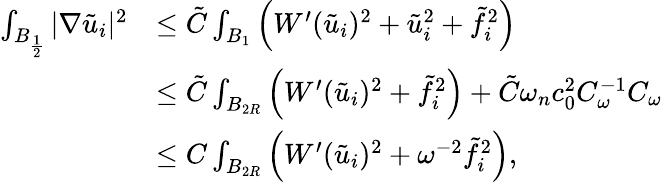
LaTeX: \begin{array}{rl}{\int_{B_{\frac{1}{2}}}|\nabla\tilde{u}_{i}|^{2}}&{\leq\tilde{C}\int_{B_{1}}\left(W^{\prime}(\tilde{u}_{i})^{2}+\tilde{u}_{i}^{2}+\tilde{f}_{i}^{2}\right)}\\ &{\leq\tilde{C}\int_{B_{2R}}\left(W^{\prime}(\tilde{u}_{i})^{2}+\tilde{f}_{i}^{2}\right)+\tilde{C}\omega_{n}c_{0}^{2}C_{\omega}^{-1}C_{\omega}}\\ &{\leq C\int_{B_{2R}}\left(W^{\prime}(\tilde{u}_{i})^{2}+\omega^{-2}\tilde{f}_{i}^{2}\right),}\end{array}